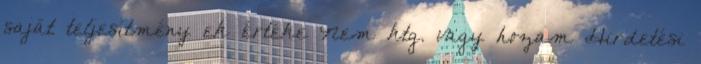
saját teljesítmény ek értéke Nem ktg. vagy hozam Hirdetési